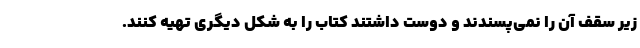
زیر سقف آن را نمی‌پسندند و دوست داشتند کتاب را به شکل دیگری تهیه کنند.